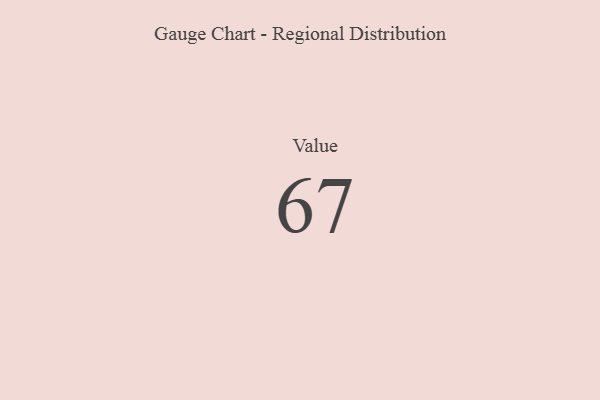
{"axis": {"x": "Metric", "y": "Value"}, "legend": [""], "data": [{"x": "Value", "y": 67, "type": ""}]}